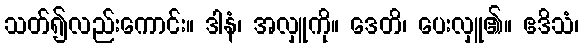
သတ်၍လည်းကောင်း။ ဒါနံ၊ အလှူကို။ ဒေတိ၊ ပေးလှူ၏။ ဧဒိသံ၊